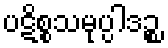
ပဋိစ္စသမုပ္ပါဒဉ္စ